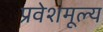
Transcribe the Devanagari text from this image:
प्रवेशमूल्य